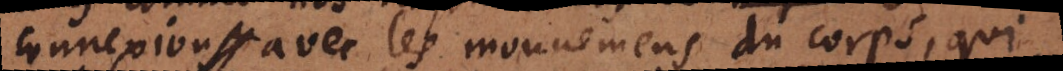
connexion avec les mouvemens du corps, qui